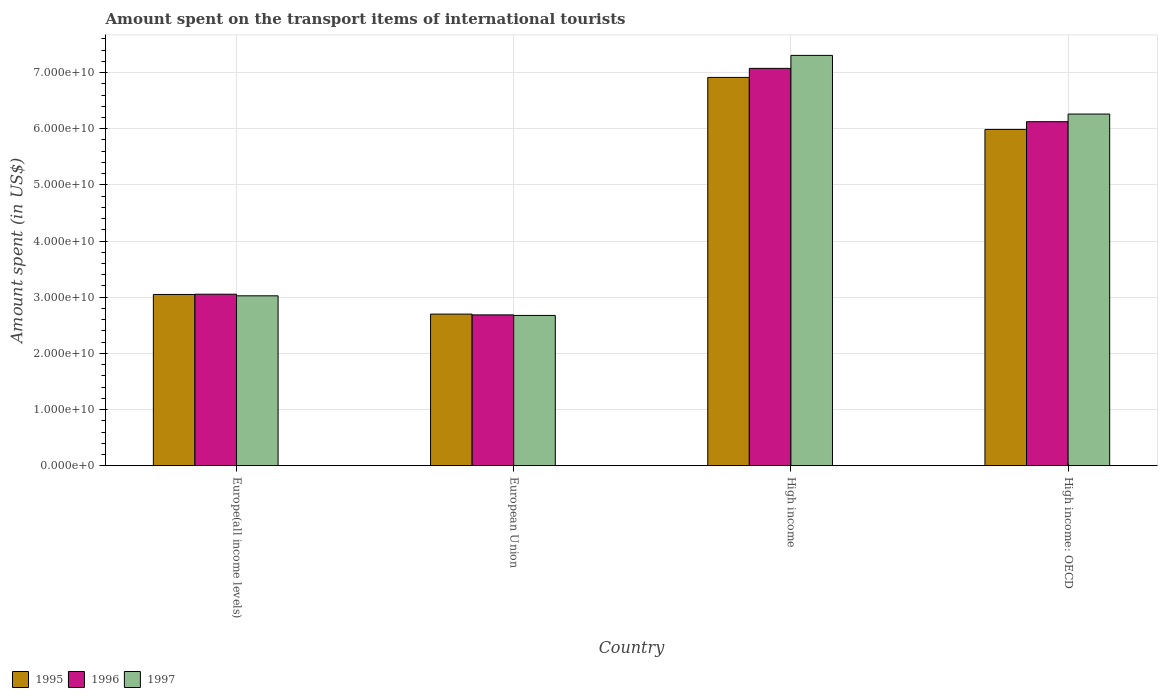
| Country | 1995 | 1996 | 1997 |
 | --- | --- | --- | --- |
 | Europe(all income levels) | 3.05e+10 | 3.05e+10 | 3.03e+10 |
 | European Union | 2.7e+10 | 2.69e+10 | 2.68e+10 |
 | High income | 6.91e+10 | 7.07e+10 | 7.31e+10 |
 | High income: OECD | 5.99e+10 | 6.12e+10 | 6.26e+10 |